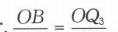
\(OB = OQ_{2}\)